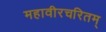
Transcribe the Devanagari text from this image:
महावीरचरितम्